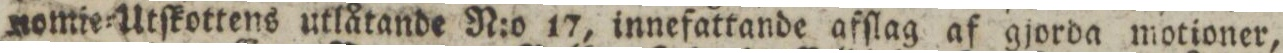
nomie=Utſkottens utlåtande N:o 17, innefattande afſlag af gjorda motioner,